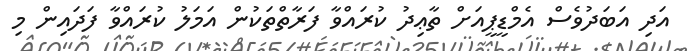
އަދި އަބަދުވެސް އެމްޑީޕީއަށް ތާޢިދު ކުރައްވާ ފަރާތްތަކުން އަމަލު ކުރައްވާ ފަދައިން މި